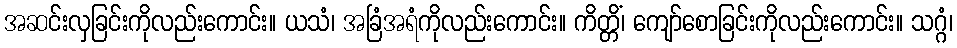
အဆင်းလှခြင်းကိုလည်းကောင်း။ ယသံ၊ အခြံအရံကိုလည်းကောင်း။ ကိတ္တိံ၊ ကျော်စောခြင်းကိုလည်းကောင်း။ သဂ္ဂံ၊